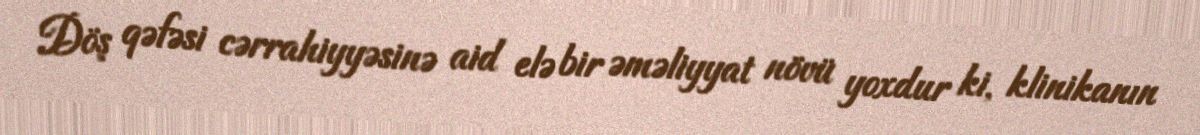
Döş qəfəsi cərrahiyyəsinə aid elə bir əməliyyat növü yoxdur ki, klinikanın